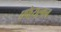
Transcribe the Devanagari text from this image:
एफेराल्गन